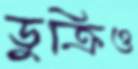
ডুক্‌রিও